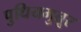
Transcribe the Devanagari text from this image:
पुधियमुतूर